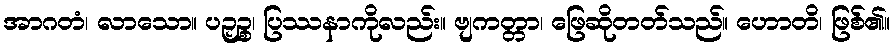
အာဂတံ၊ လာသော။ ပဉှဉ္စ၊ ပြဿနာကိုလည်း။ ဗျကတ္တာ၊ ဖြေဆိုတတ်သည်။ ဟောတိ၊ ဖြစ်၏။